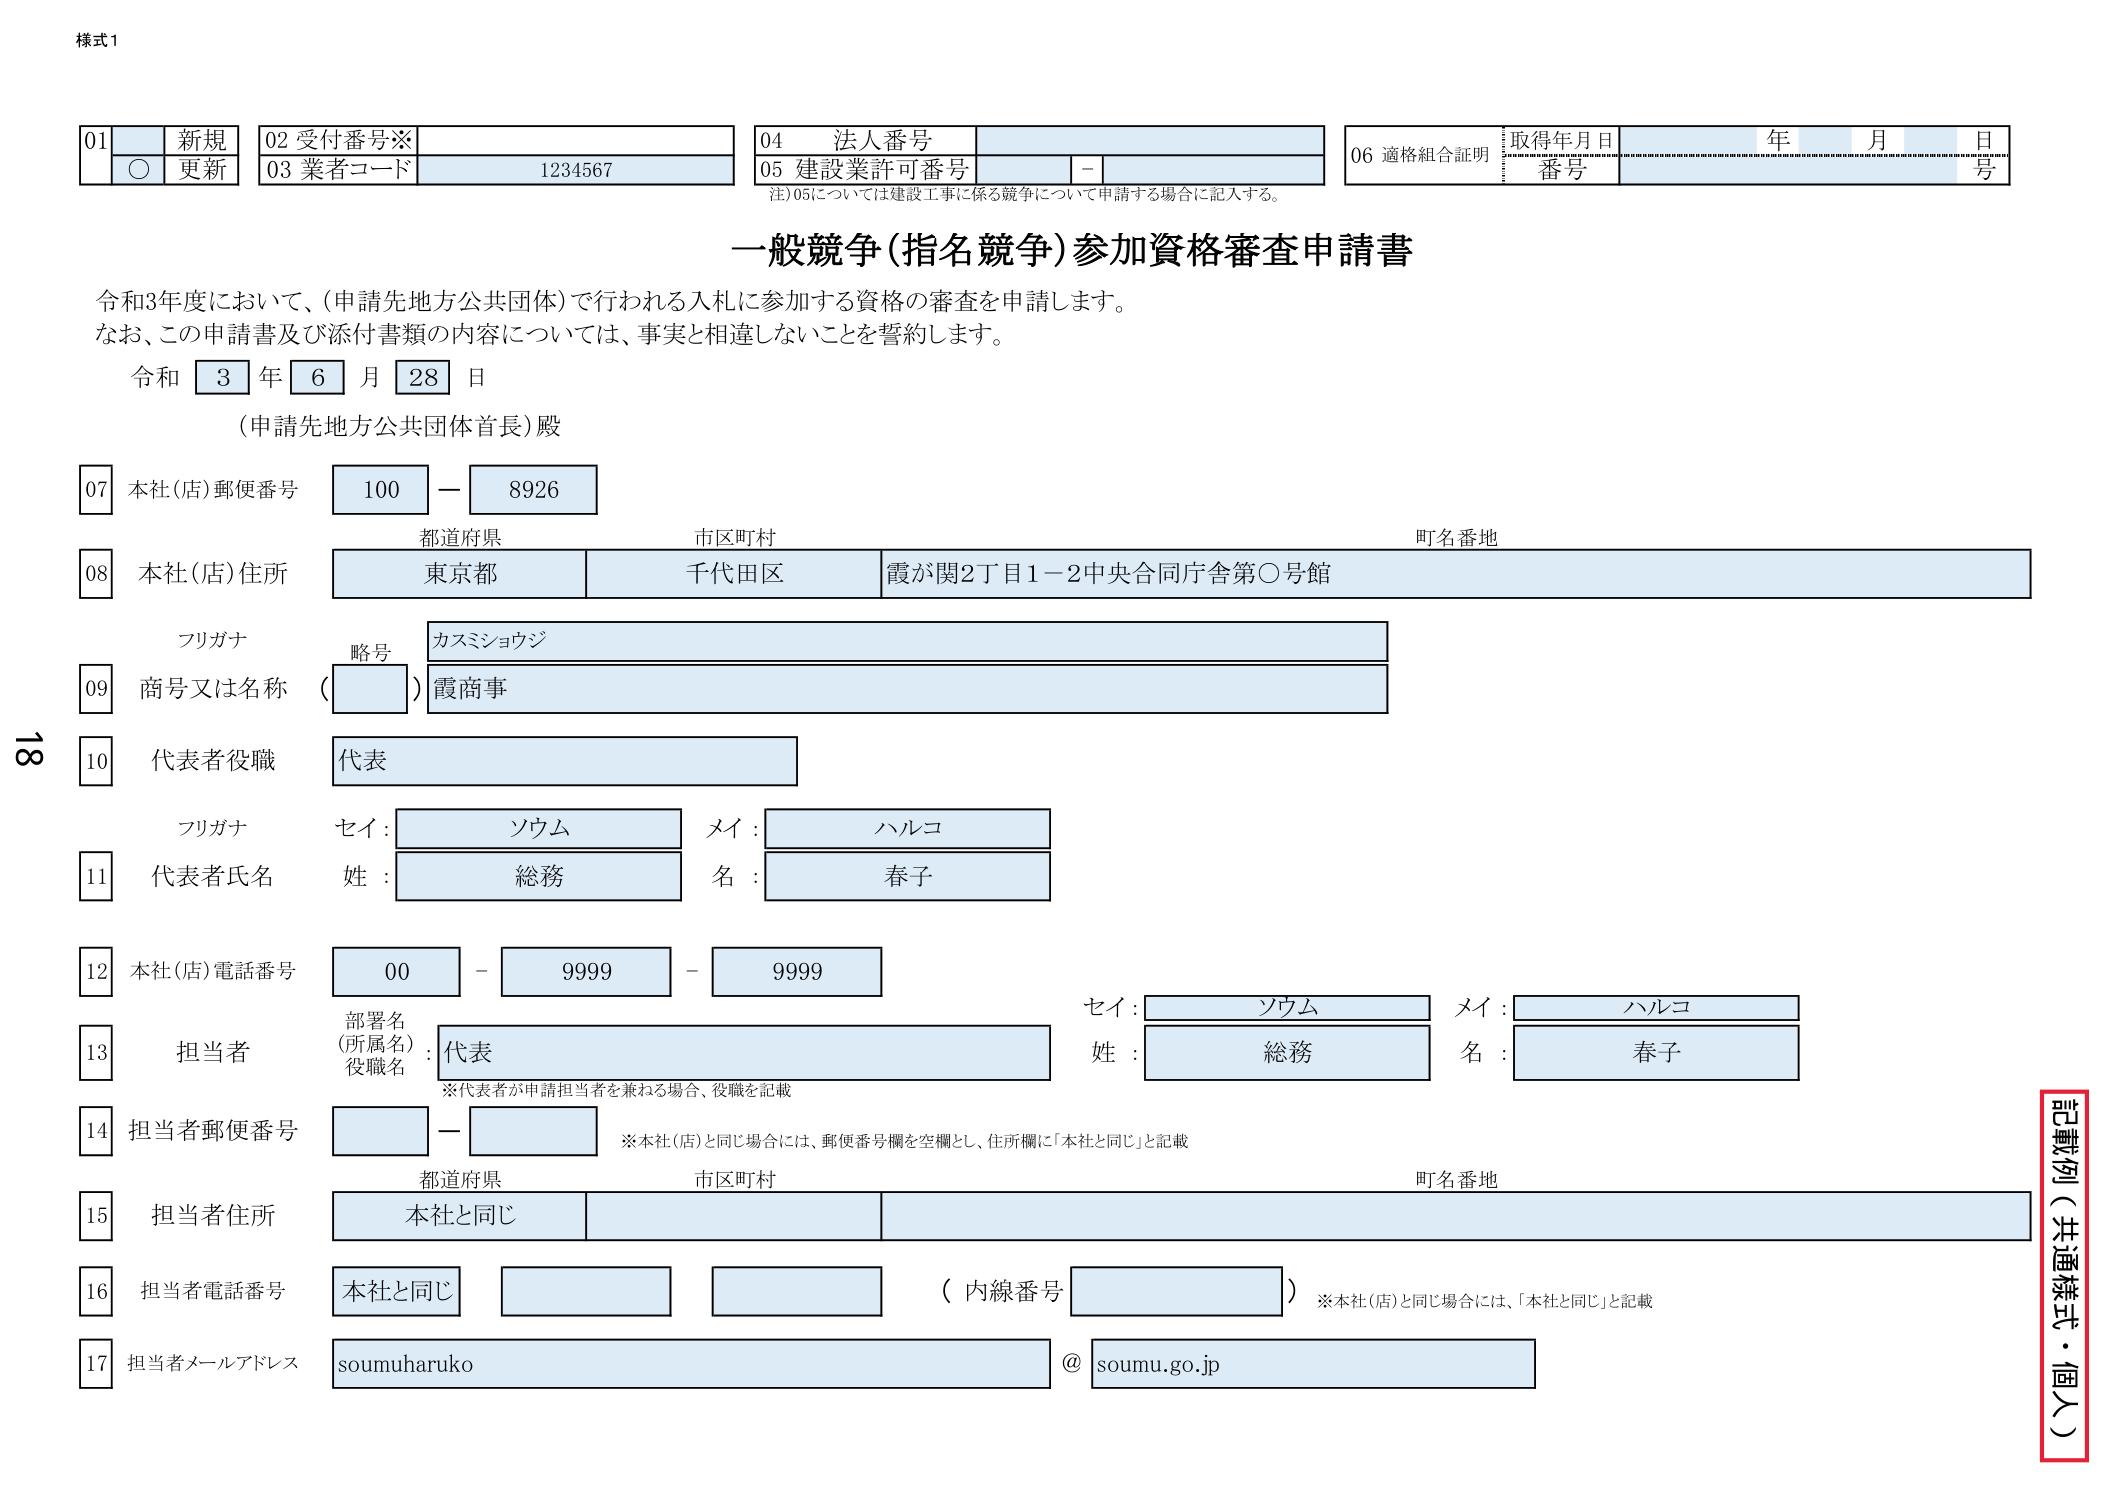
様式1

01 新規
○ 更新

02 受付番号※
03 業者コード 1234567

04 法人番号
05 建設業許可番号 －
注）05については建設工事に係る競争について申請する場合に記入する。

06 適格組合証明 取得年月日 年 月 日
番号 号

一般競争（指名競争）参加資格審査申請書

令和3年度において、（申請先地方公共団体）で行われる入札に参加する資格の審査を申請します。
なお、この申請書及び添付書類の内容については、事実と相違しないことを誓約します。

令和 3 年 6 月 28 日
（申請先地方公共団体首長）殿

07 本社（店）郵便番号 100－8926

08 本社（店）住所
都道府県 東京都
市区町村 千代田区
町名番地 霞が関2丁目1－2中央合同庁舎第○号館

フリガナ 略号 カスミショウジ

09 商号又は名称 （ ） 霞商事

10 代表者役職 代表

フリガナ
セイ： ソウム メイ： ハルコ
11 代表者氏名 姓： 総務 名： 春子

12 本社（店）電話番号 00－9999－9999

13 担当者
部署名（所属名）： 代表
役職名： 代表
※代表者が申請担当者を兼ねる場合、役職を記載
セイ： ソウム メイ： ハルコ
姓： 総務 名： 春子

14 担当者郵便番号 －
※本社（店）と同じ場合には、郵便番号欄を空欄とし、住所欄に「本社と同じ」と記載

15 担当者住所
都道府県 本社と同じ
市区町村
町名番地

16 担当者電話番号 本社と同じ （内線番号 ） ※本社（店）と同じ場合には、「本社と同じ」と記載

17 担当者メールアドレス soumuharuko @ soumu.go.jp

記載例（共通様式・個人）